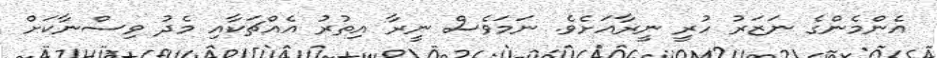
އެންމެންގެ ނަޒަރު ހުރީ ނީރާއަށެވެ. ނަމަވެސް ނީރާ އިތުރު އެއްޗަކާއި މެދު ވިސްނާކަށް